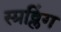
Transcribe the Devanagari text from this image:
स्प्रव्लिंग